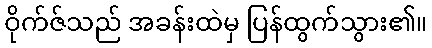
ဝိုက်ဇ်သည် အခန်းထဲမှ ပြန်ထွက်သွား၏။